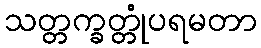
သတ္တက္ခတ္တုံပရမတာ